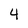
Character: 4